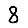
Digit: 8